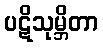
ပဋိသုမ္ဘိတာ